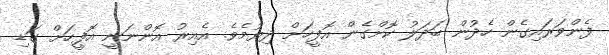
ފެންވަރައިގެން ހެދުން ބަދަލު ކޮށްގެން އޮފީހަށް ދިޔުމެވެ. އެއިރު އޮންނަނީ އޮފީހަށް ގަޑި